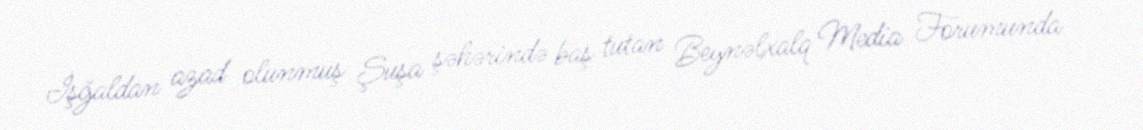
İşğaldan azad olunmuş Şuşa şəhərində baş tutan Beynəlxalq Media Forumunda